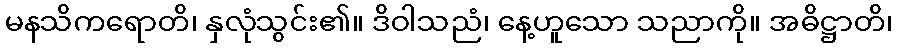
မနသိကရောတိ၊ နှလုံသွင်း၏။ ဒိဝါသညံ၊ နေ့ဟူသော သညာကို။ အဓိဋ္ဌာတိ၊